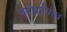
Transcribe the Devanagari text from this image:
पदार्थांचाच